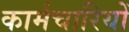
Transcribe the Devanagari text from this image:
कार्मचारियों